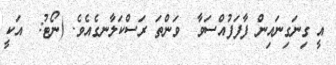
އީ ގިނަގިނައިން ފާފަފުއްސަވާ  ވަންތަ ރަސްކަލާނގެއެވެ. (ނޯޓު:  އަކީ